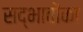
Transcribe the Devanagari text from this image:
सद्भावोंका